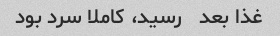
غذا بعد   رسید، کاملا سرد بود